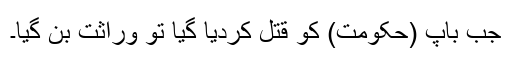
جب باپ (حکومت) کو قتل کردیا گیا تو وراثت بن گیا۔